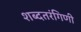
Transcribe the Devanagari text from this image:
शब्दतरंगिणी